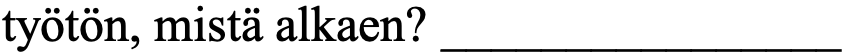
työtön, mistä alkaen? ________________